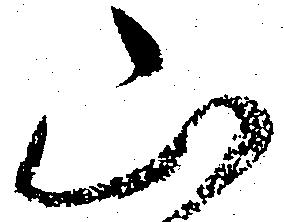
山